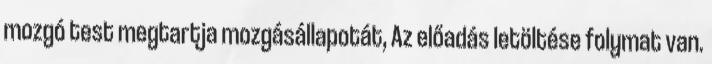
mozgó test megtartja mozgásállapotát, Az előadás letöltése folymat van.